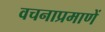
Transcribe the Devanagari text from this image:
वचनाप्रमाणें